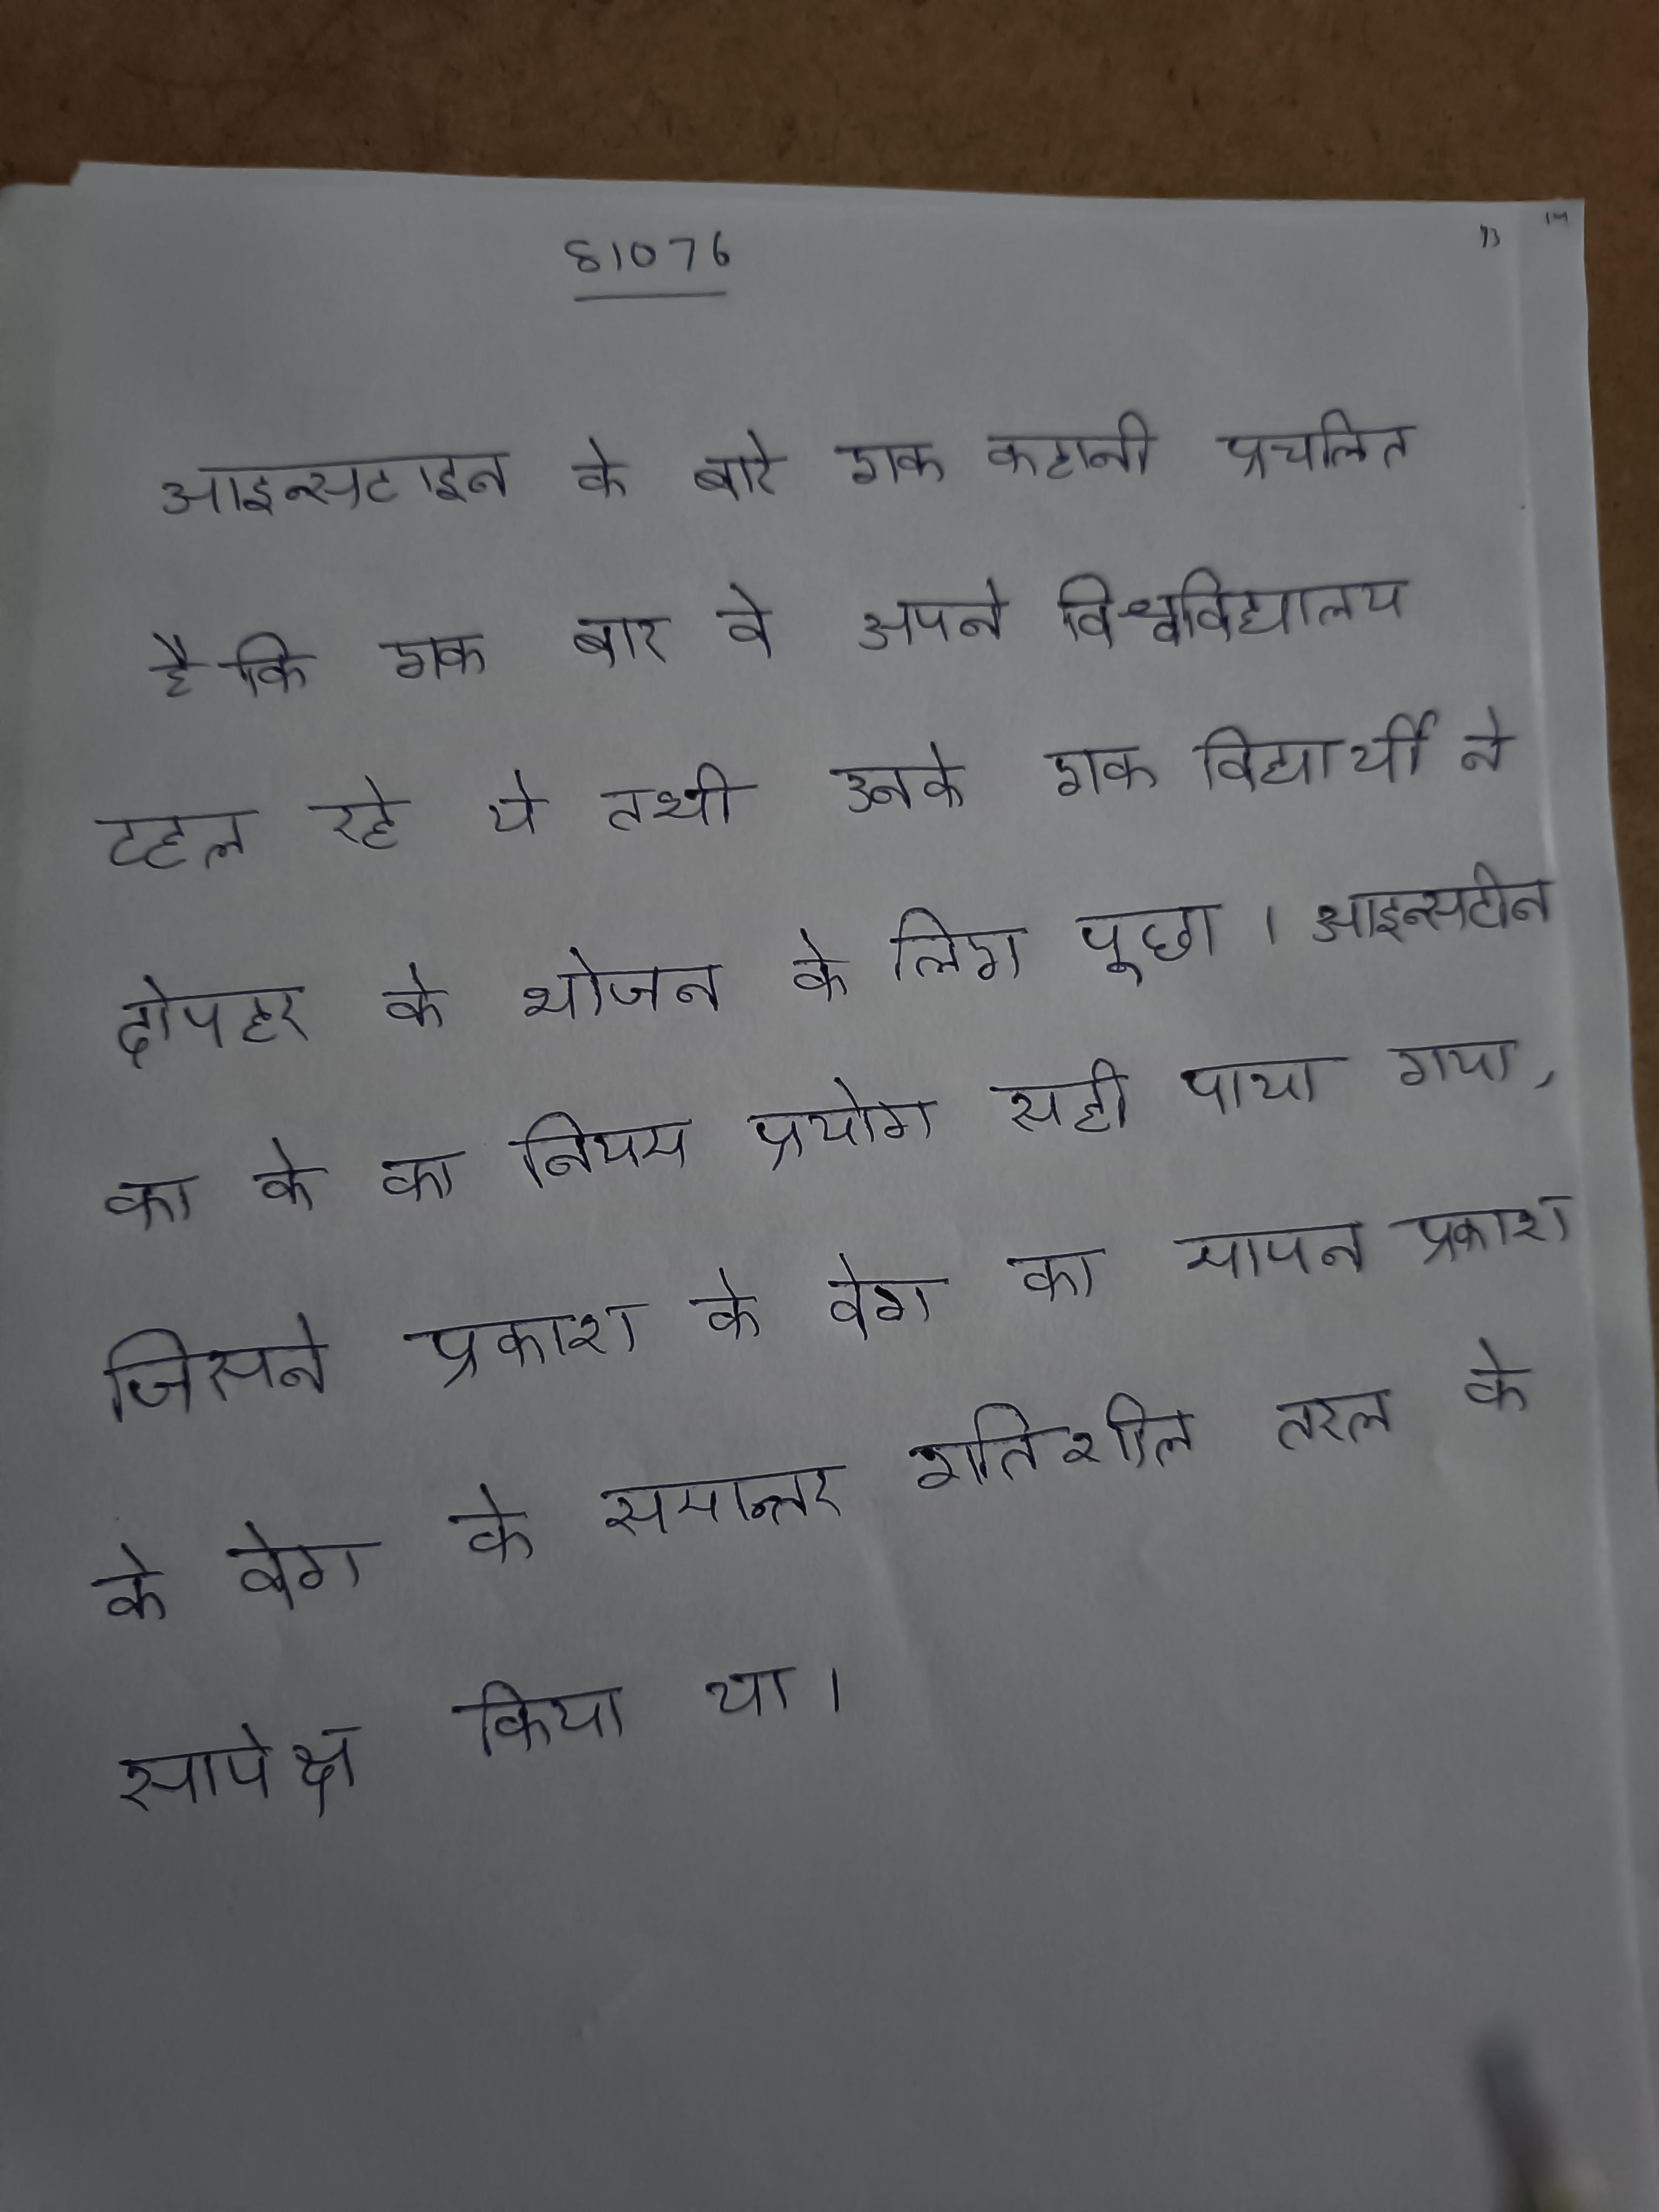
आइन्सटाइन के बारे एक कहानी प्रचलित है कि एक बार वे अपने विश्वविद्यालय टहल रहे थे तभी उनके एक विद्यार्थी ने दोपहर के भोजन के लिए पूछा । आइन्सटीन का के का नियम प्रयोग सही पाया गया, जिसने प्रकाश के वेग का मापन प्रकाश के वेग के समान्तर गतिशील तरल के सापेक्ष किया था ।